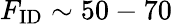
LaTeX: F_{\mathrm{ID}}\sim 50-70\